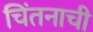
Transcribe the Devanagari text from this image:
चिंतनाची